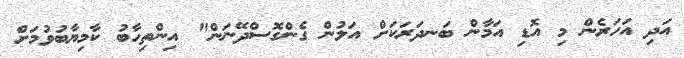
އަދި އަހަރެން މި އޮޑި އަމާން ބަނދަރަކަށް އަލުން ގެންގޮސްދޭނަން" އިންތިހާބު ކާމިޔާބުވުމަށް